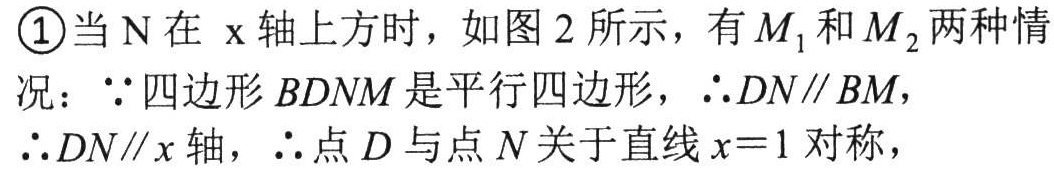
\textcircled{1}当 N 在 x 轴上方时，如图 2 所示，有$M_{1}$和$M_{2}$两种情况：$\because$四边形$BDNM$是平行四边形，$\therefore DN\parallel BM$，$\therefore DN\parallel x$轴，$\therefore$点 D 与点 N 关于直线$x = 1$对称，